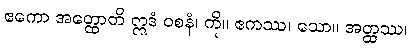
ဧကော အတ္ထောတိ ဣဒံ ဝစနံ၊ ကို။ ဧကဿ၊ သော။ အတ္ထဿ၊